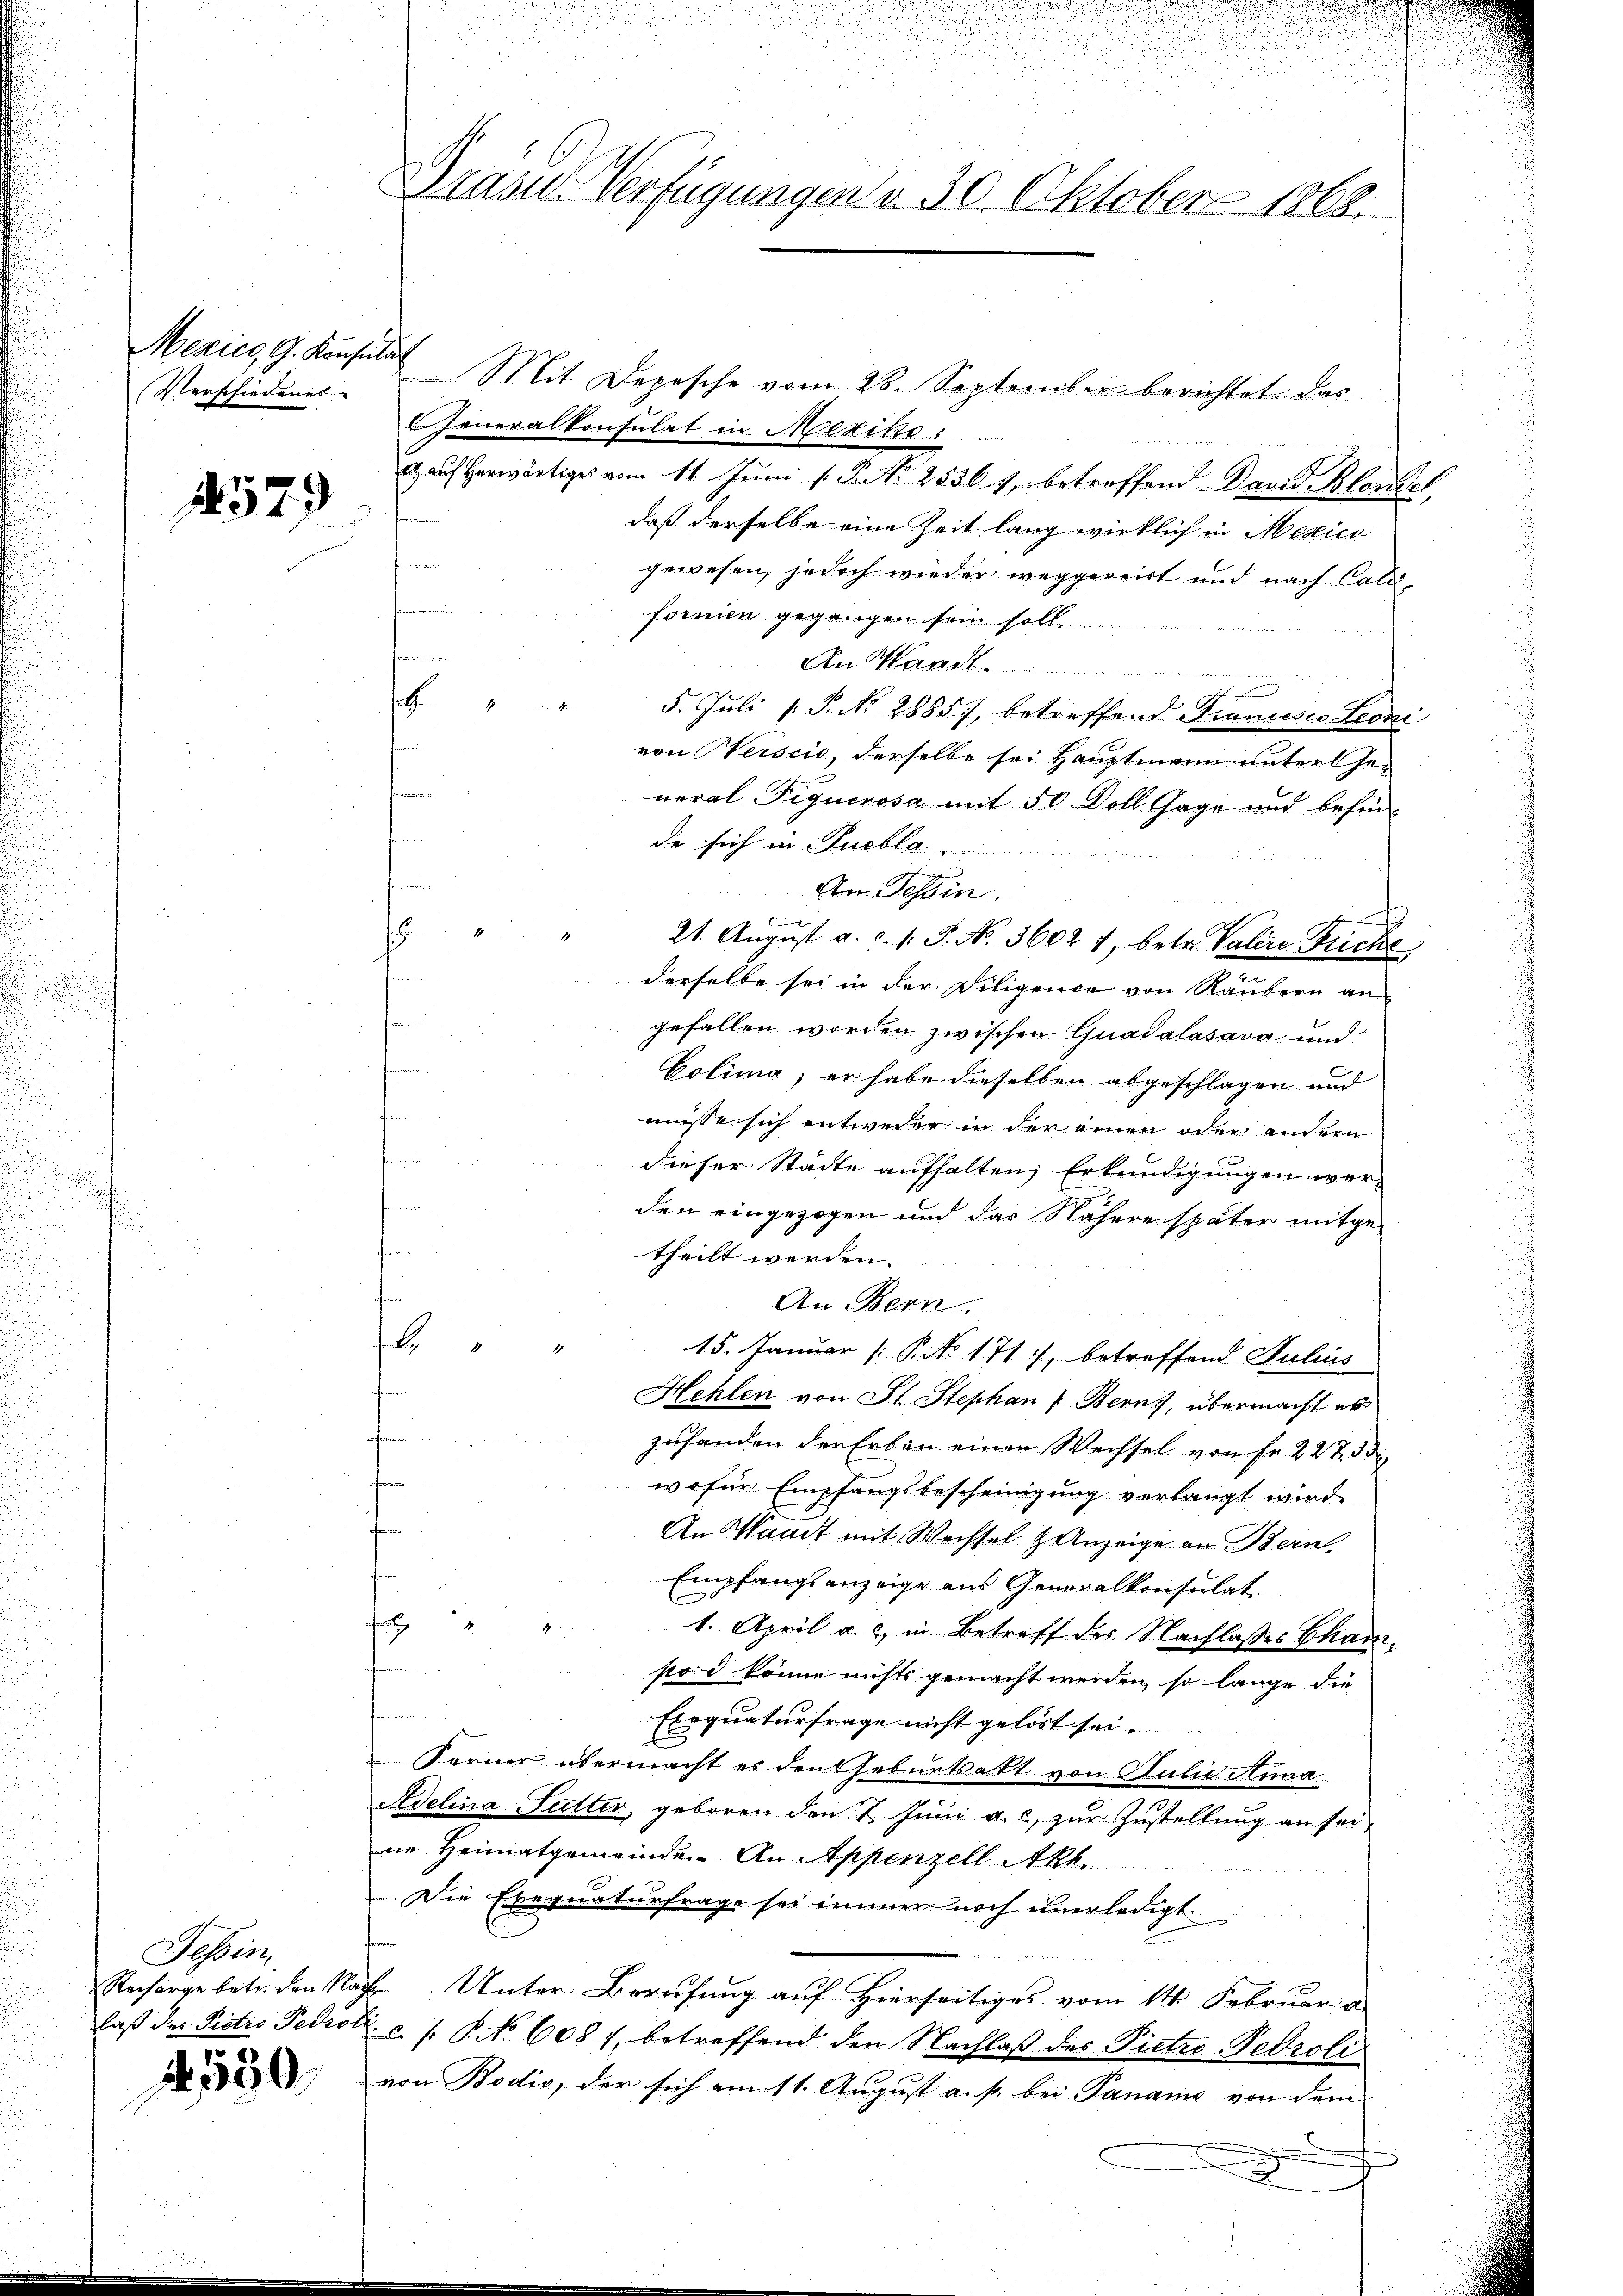
Mexico, G. Konsulat
Verschiedenes |

1579

Tessin.

1530.

Mit Dopische vom 26. September berichtet das
Generalkonsulat in Mexiko
 aŭf herwärtiges vom 11. Jŭni (. P. Nr. 2536 u. betreffend David Klandel
daß derselbe eine Zeit lang wirklich in Mexico
gewesen, jedoch wieder weggereit und nach Colle
fornien gegangen sein soll
An Waadt

.
5. Juli 1. P. Nr. 2885), betreffend Francesco Leoni
von Herscio, derselbe sei Hauptmann unter Ge-
t
neral Piquerosa mit 50 Doll Gage und befin-
de sich in Puebla
An Tessin.
x
1
21. August a. c. l. J. No. 3602 1, betr. Valers Fricke
s
4
derselbe sei in der Diligence von Raubern an
n
gefallen worden zwischen Quadalasava und
Colima, er habe dieselben abgeschlagen und

müsse sich entweder in der einen oder andern
n
dieser Städte aufhalten, Erkundigungen wert
den eingezogen und das Nähere später mitgetheilt werden.
An Bern.
.
15. Januar (: P. No 171, betreffend Julius
Hehlen von St. Stephan Bern, übermacht es
zuhanden der Erben einen Wechsel von Fr. 22733
wofür Empfangsbescheinigung verlangt wird.
An Waadt mit Weissel & Anzeige an Bern
Empfangsanzeige aus Generalkonsulat
J
1. April a. c. in Betreff des Nachlasses Cham-
fe
so könne nichts gemacht werden, so lange die
Exequaturfrage nicht gelöst sei.
Ferner übermacht es den Geburtsakt von Julia Anna
Adelina Sutter, geboren den 7. Juni a. c., zur Zustellung an sei
ne Heimatgemeinde. An Appenzell Akt.
Die Exequaturfrage sei immer noch unerledigt.
Recharge betr. den Nach Unter Berufung auf Hierseitiges vom 14. Februar u
laß der Pictis Pedrol. c. s. P. No 608 f. betreffend den Nachlaß des Pietro Pedroli
von Bodis, der sich am 11. August a. p. bei Panano von dem
e
e

Drase Verfügungen v. 30. Oktober 1868.